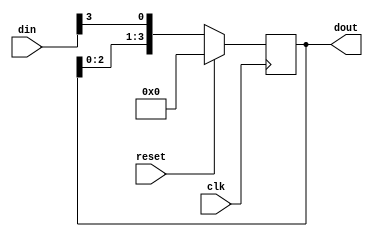
module shift_register (
    input clk,          // Clock input
    input reset,        // Synchronous reset input
    input [3:0] din,    // 4-bit data input
    output reg [3:0] dout // 4-bit data output
);

    // Shift register logic
    always @(posedge clk) begin
        if (reset) begin
            dout <= 4'b0000; // Clear register to 0 on reset
        end else begin
            dout <= {dout[2:0], din[3]}; // Shift left operation
        end
    end

endmodule